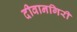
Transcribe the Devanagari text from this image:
दीवानगिरी